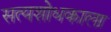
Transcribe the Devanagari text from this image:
सत्यशोधकाला